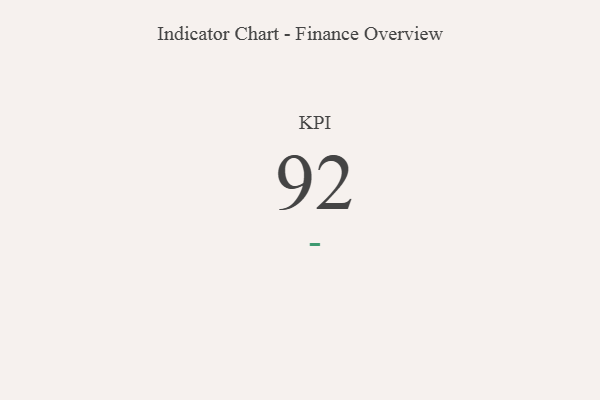
{"axis": {"x": "KPI", "y": "Value"}, "legend": [""], "data": [{"x": "KPI", "y": 92, "type": ""}]}